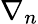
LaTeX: \nabla_{n}